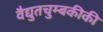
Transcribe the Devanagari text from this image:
वैद्युतचुम्बकीकी